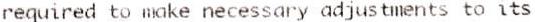
REQUIRED TO MAKE NECESSARY ADJUSTMENTS TO ITS